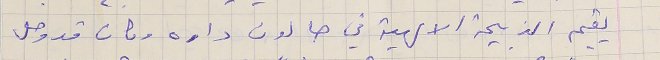
يقيم الذبيحة الالهية في صالون داره وكان قد وصل